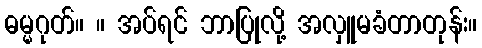
ဓမ္မဂုတ်။ ။ အပ်ရင် ဘာပြုလို့ အလှူမခံတာတုန်း။